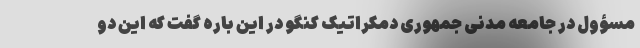
مسؤول در جامعه مدنی جمهوری دمکراتیک کنگو در این باره گفت که این دو